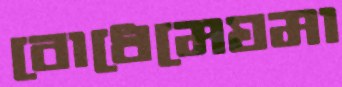
বোধেমেঘমা